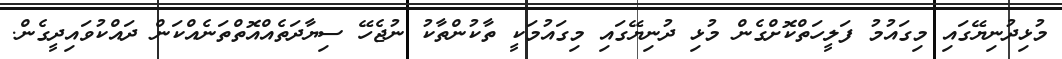
މުޅިދުނިޔޭގައި މިގައުމު ފަލީހަތްކޮށްގެން މުޅި ދުނިޔޭގައި މިގައުމަކީ ތާކުންތާކު ނުޖެހޭ ސިޔާދަތެއްއޮތްތަނެއްކަން ދައްކުވައިދީގެން.